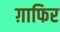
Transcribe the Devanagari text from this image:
ग़ाफिर